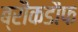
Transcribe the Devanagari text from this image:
ब्रौकडौफ